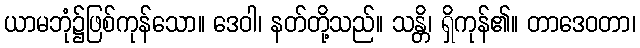
ယာမဘုံ၌ဖြစ်ကုန်သော။ ဒေဝါ၊ နတ်တို့သည်။ သန္တိ၊ ရှိကုန်၏။ တာဒေဝတာ၊